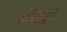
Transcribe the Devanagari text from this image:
प्रतिद्वद्वी